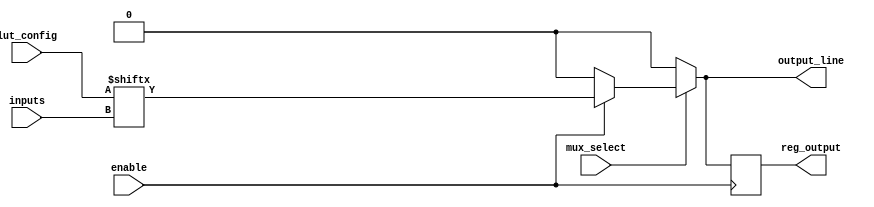
module CLB (
    input wire [3:0] inputs,         // Input lines (4 inputs)
    input wire [3:0] lut_config,     // Configuration for LUT (4-bit for 16 combinations)
    input wire mux_select,           // MUX select line
    input wire enable,               // Enable signal for the CLB
    output wire output_line,         // Output line
    output wire reg_output           // Optional register output
);

    // Look-Up Table (LUT) implementation
    reg [3:0] lut_output;            // LUT output storage

    always @(*) begin
        if (enable) begin
            // Implementing LUT functionality based on lut_config
            lut_output = lut_config[inputs]; // Select output based on inputs
        end else begin
            lut_output = 4'b0000; // Default output when not enabled
        end
    end

    // Multiplexer to select between LUT output and a constant value (for example)
    wire mux_output;
    assign mux_output = (mux_select) ? lut_output[0] : 1'b0; // Select LUT output or 0

    // Output line assignment
    assign output_line = mux_output;

    // Optional register to store the output state
    reg reg_state;
    always @(posedge enable) begin
        reg_state <= output_line; // Store output in register on enable signal
    end

    assign reg_output = reg_state; // Output from the register

endmodule